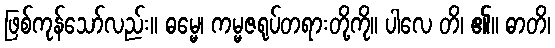
ဖြစ်ကုန်သော်လည်း။ ဓမ္မေ၊ ကမ္မဇရုပ်တရားတို့ကို။ ပါလေ တိ၊ ၏။ ဓာတိ၊